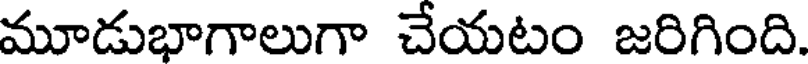
మూడుభాగాలుగా చేయటం జరిగింది.